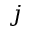
j